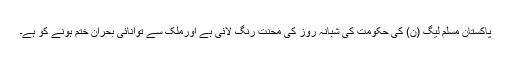
پاکستان مسلم لیگ (ن) کی حکومت کی شبانہ روز کی محنت رنگ لائی ہے اورملک سے توانائی بحران ختم ہونے کو ہے۔